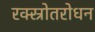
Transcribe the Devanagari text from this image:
रक्स्रोतरोधन